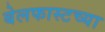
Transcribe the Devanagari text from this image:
बेलफास्टच्या